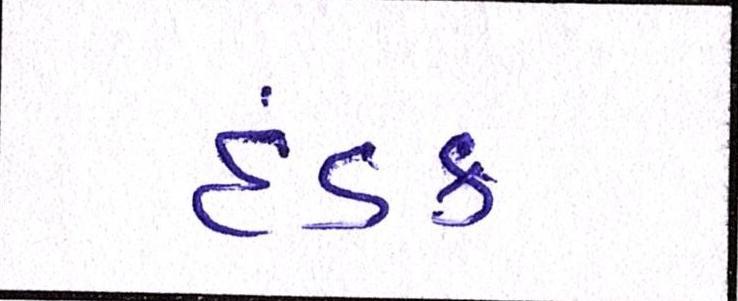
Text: દંડક